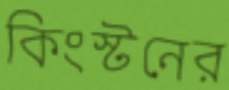
কিংস্টনের